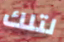
لتلك